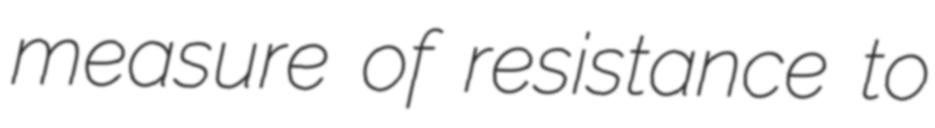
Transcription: measure of resistance to